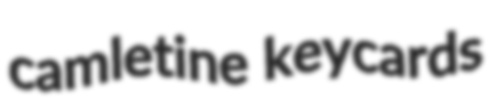
camletine keycards